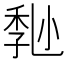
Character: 𡮒